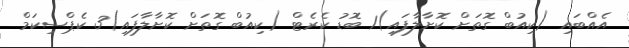
އެއްބައި (ކިއުބް ގޮތަށް ކޮށާލާފައި)1 ބޮޑު ކެރެޓް (ކިއުބް ގޮތަށް ކޮށާލާފައި)3 ކެޕްސިކަމް